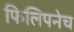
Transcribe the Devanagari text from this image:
फिलिपनेच